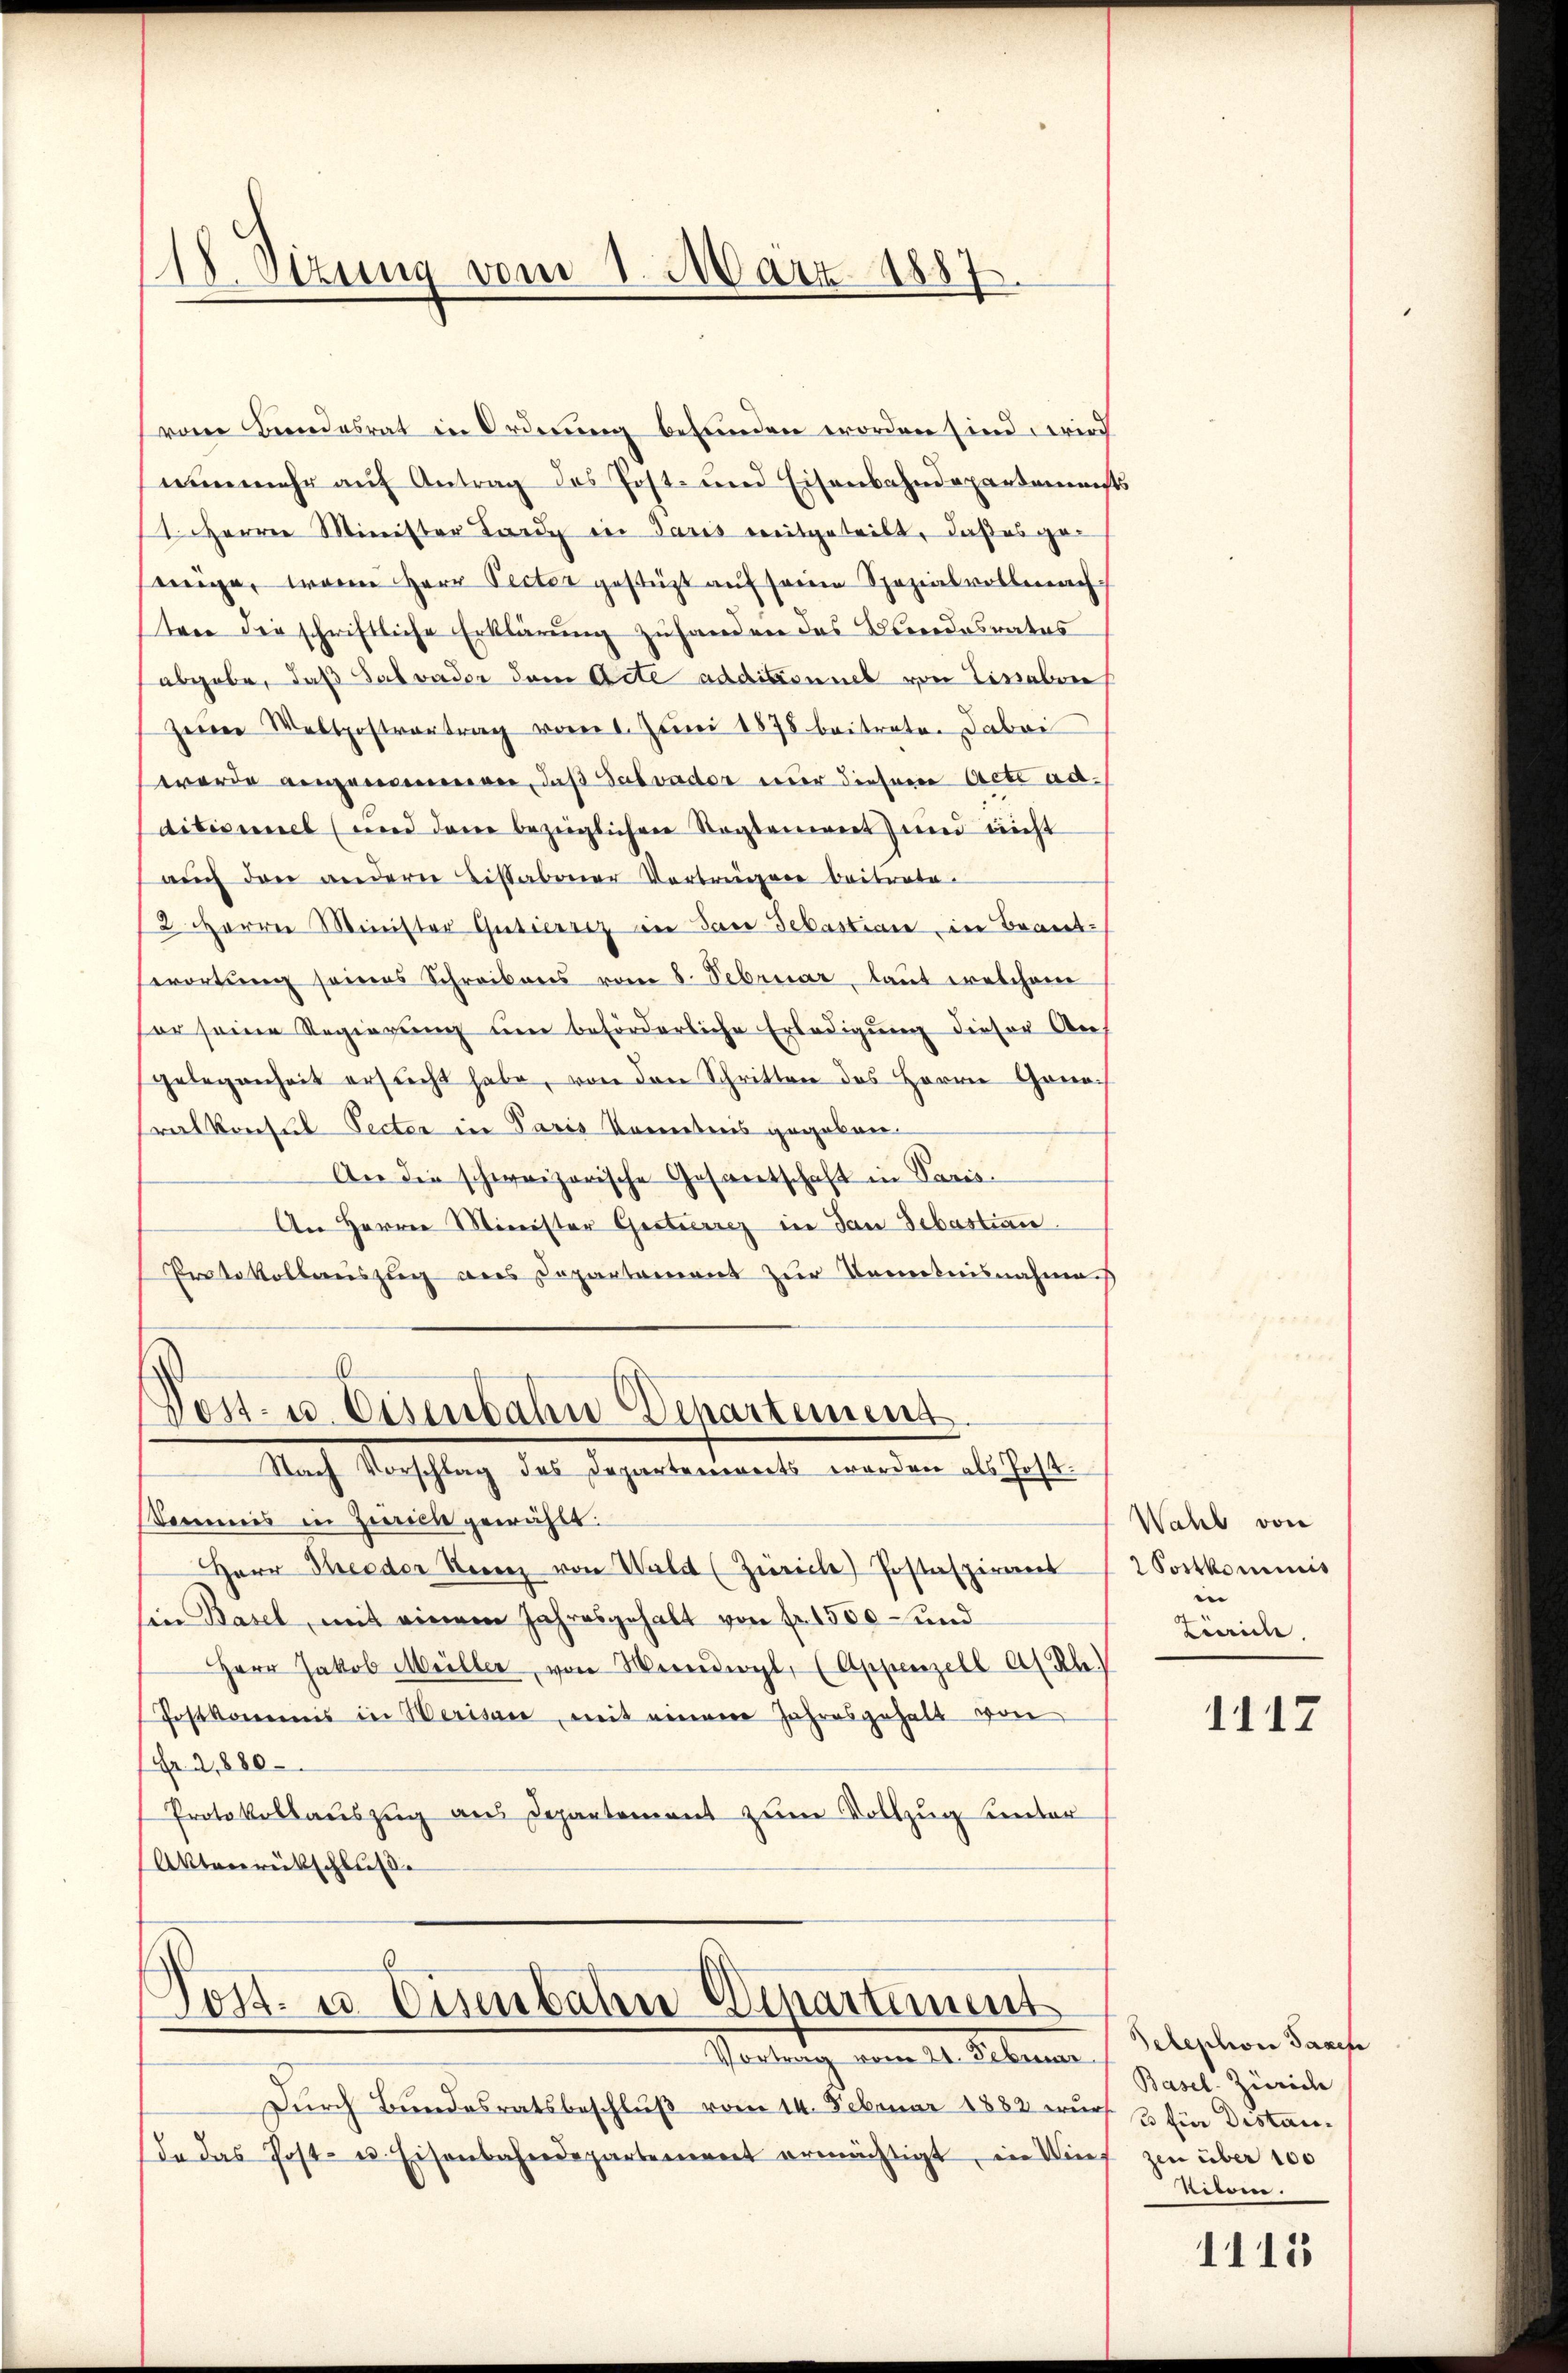
118. Sizung vom 1. März 1887

vom Bundesrat in Ordnung befunden worden sind wird
nunmehr auf Antrag des Post- und Eisenbahndepartemen
(1. Herren Minister Land der Paris ereitgeteilt, daßes ge-
einge, waren Herr Pecter gestützt aŭf seine Spezialvollmach
ten die schriftliche Erklärung zuhanden das Bundesrates
abgabe, daß Salvader dem Acte additionnes von Lisaben
zerer Waltpostvertrag vom 1. Juni 1878 beitrete. Dabei
worde angenommen, daß Salvader nur dieser Acte addibisimmel (und dann bezeiglichen Sagtement und nicht
auch den andern Listabener Vorträgen beiträte.
2 Harrer Minister Gutierrez in Jace Sebastian in Beantserortŭng seines Schreibens vom 8. Februar, laut welchem
er seine Regierŭng ŭm beförderliche Erledigŭng dieser An-
gelegenheit ersucht habe, von den Schritten des Herrn Gonorat Konsul Secter in Paris Kenntnis gegeben.
An die schweizerische Gesandtschaft in Paris
An Herrn Minister Gesterrez in dan Sebastian
Protokollauszug aus Departement zur Kenntnisnahmens
6
Post- u. Eisenbahn Departement
Nach Vorschlag des Departenereits worden als Jos.
Somnis in Zeich gewichte.
Herr Theeder Herrn von Wald (Zürich) Postaspirant
sin Basel, mit einem Jahresgehalt von fr. 1550 und
Herr Jakob Müller von Vereigl, (Appenzell A/Rh.
Postkommnis in Werisan, mit einem Jahresgehalt von
Fr. 22,880
Protokollauszug aus Departement zum Vollzug unter
Aktenrübschluße

Post- u. Eisenbahn Wihartement
Vortrag vom 21. Februar

Durch Bundesratsbeschluß vom 14. Februar 1882 wur
da das Post- u. Eisenbahndepartement ermächtigt, in Win-

e

Wahl von
2 Portkominis
Liaidle
1117

Telephon Sacche
Basel. Zürich
3 für Distanzen über 100
Silern.

1115